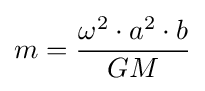
m={\frac {\omega ^{2}\cdot a^{2}\cdot b}{GM}}